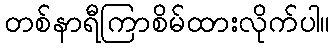
တစ်နာရီကြာစိမ်ထားလိုက်ပါ။